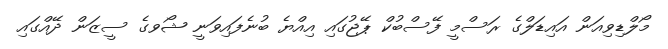
މޯލްޑިވިއަން އައިޑަލްގެ ރަސްމީ ފޭސްބުކް ޕޭޖުގައި އިއްޔެ ބުނެފައިވަނީ ޝޯވގެ ސީޒަން ދޭއްގައި